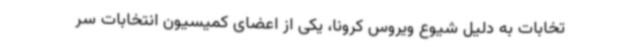
تخابات به دلیل شیوع ویروس کرونا، یکی از اعضای کمیسیون انتخابات سر